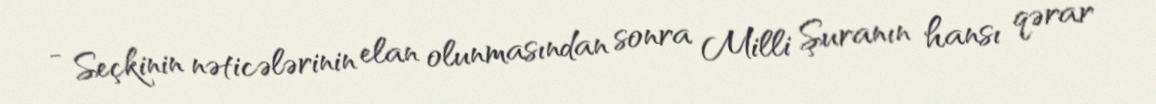
- Seçkinin nəticələrinin elan olunmasından sonra Milli Şuranın hansı qərar